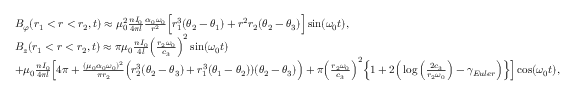
\begin{array} { r l } & { B _ { \varphi } ( r _ { 1 } < r < r _ { 2 } , t ) \approx \mu _ { 0 } ^ { 2 } \frac { n I _ { 0 } } { 4 \pi l } \frac { \alpha _ { 0 } \omega _ { 0 } } { r ^ { 2 } } \Big [ r _ { 1 } ^ { 3 } ( \theta _ { 2 } - \theta _ { 1 } ) + r ^ { 2 } r _ { 2 } ( \theta _ { 2 } - \theta _ { 3 } ) \Big ] \sin ( \omega _ { 0 } t ) , } \\ & { B _ { z } ( r _ { 1 } < r < r _ { 2 } , t ) \approx \pi \mu _ { 0 } \frac { n I _ { 0 } } { 4 l } \Big ( \frac { r _ { 2 } \omega _ { 0 } } { c _ { 3 } } \Big ) ^ { 2 } \sin ( \omega _ { 0 } t ) } \\ & { + \mu _ { 0 } \frac { n I _ { 0 } } { 4 \pi l } \Big [ 4 \pi + \frac { ( \mu _ { 0 } \alpha _ { 0 } \omega _ { 0 } ) ^ { 2 } } { \pi r _ { 2 } } \Big ( r _ { 2 } ^ { 3 } ( \theta _ { 2 } - \theta _ { 3 } ) + r _ { 1 } ^ { 3 } ( \theta _ { 1 } - \theta _ { 2 } ) ) ( \theta _ { 2 } - \theta _ { 3 } ) \Big ) + \pi \Big ( \frac { r _ { 2 } \omega _ { 0 } } { c _ { 3 } } \Big ) ^ { 2 } \Big \{ 1 + 2 \Big ( \log \Big ( \frac { 2 c _ { 3 } } { r _ { 2 } \omega _ { 0 } } \Big ) - \gamma _ { E u l e r } \Big ) \Big \} \Big ] \cos ( \omega _ { 0 } t ) , } \end{array}